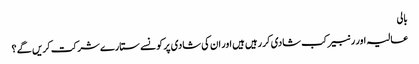
بالی
عالیہ اور رنبیر کب شادی کر رہیں ہیں اور ان کی شادی پر کونسے ستارے شرکت کریں گے ؟